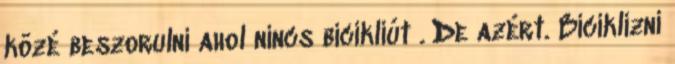
közé beszorulni ahol nincs bicikliút . De azért. Biciklizni